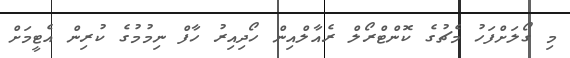
މި ގޯލަށްފަހު މެޗުގެ ކޮންޓްރޯލް ރެއާލްއިން ހޯދިއިރު ހާފް ނިމުމުގެ ކުރިން އެޓީމަށް